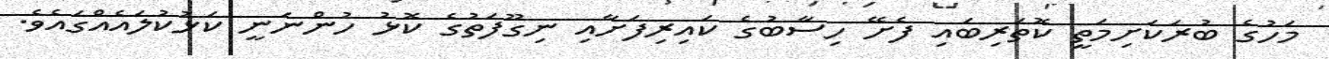
މަހުގެ ބުރަކަށިމަތީ ކޮތަރިބައި ފެށޭ ހިސާބުގެ ކައިރިފަށާއި ނިގޫފަތުގެ ކޮޅު ހުންނަނީ ކަޅުކުލައެއްގައެވެ.